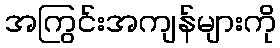
အကြွင်းအကျန်များကို